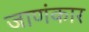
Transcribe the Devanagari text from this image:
जाणंकार